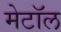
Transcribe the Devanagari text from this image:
मेटॉल